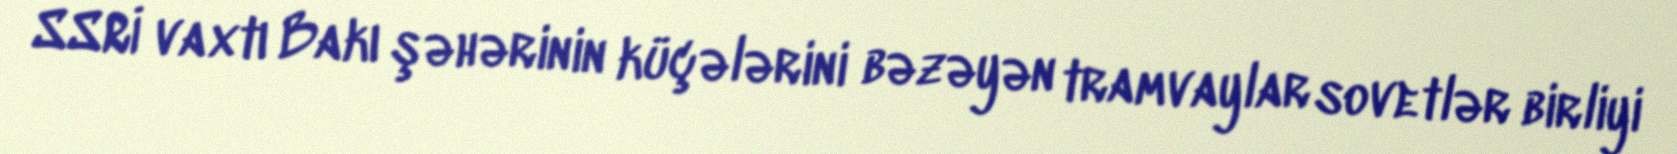
SSRİ vaxtı Bakı şəhərinin küçələrini bəzəyən tramvaylar sovetlər birliyi